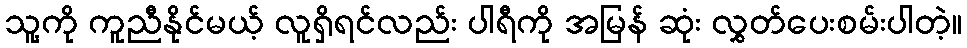
သူ့ကို ကူညီနိုင်မယ့် လူရှိရင်လည်း ပါရီကို အမြန် ဆုံး လွှတ်ပေးစမ်းပါတဲ့။